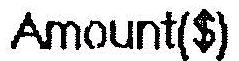
AMOUNT($)